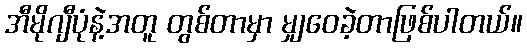
အီမိုဂျီပုံနဲ့အတူ တွစ်တာမှာ မျှဝေခဲ့တာဖြစ်ပါတယ်။